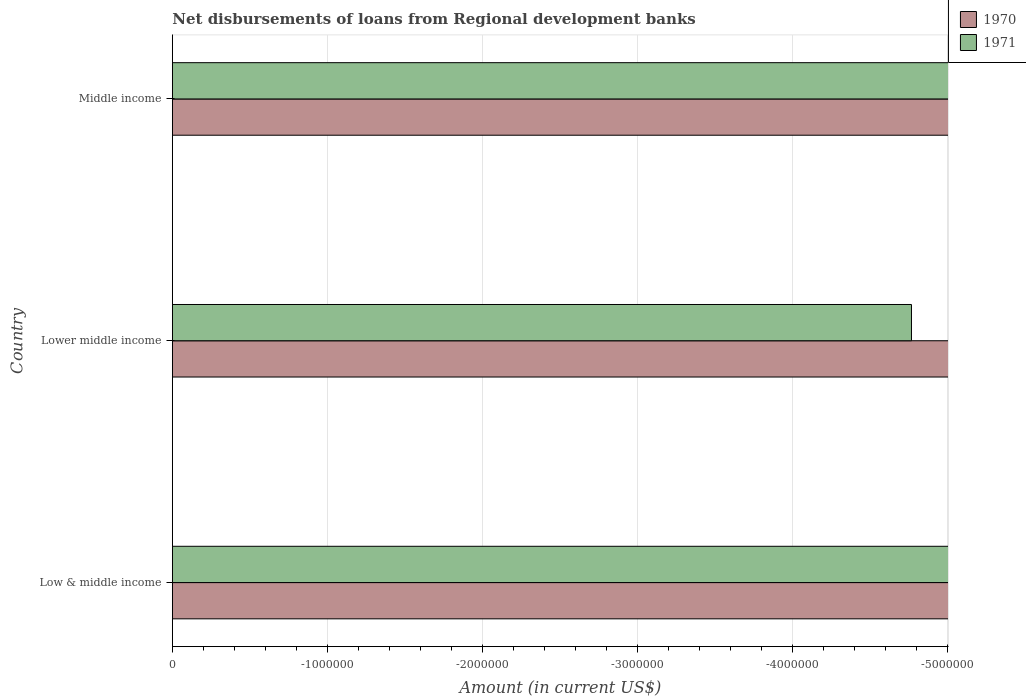
| Country | 1970 | 1971 |
 | --- | --- | --- |
 | Low & middle income | -2.02e+08 | -1.57e+07 |
 | Lower middle income | -2.02e+08 | -4.76e+06 |
 | Middle income | -2.02e+08 | -1.22e+07 |